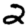
Digit: 2